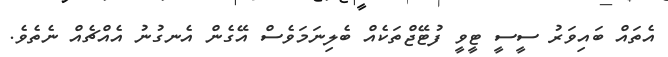
އެތައް ބައިވަރު ސީސީ ޓީވީ ފުޓޭޖްތަކެއް ބެލިނަމަވެސް އޭގެން އެނގުނު އެއްޗެއް ނެތެވެ.